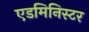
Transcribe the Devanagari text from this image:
एडमिनिस्टर